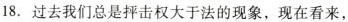
18.过去我们总是抨击权大于法的现象，现在看来，